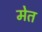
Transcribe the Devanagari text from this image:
मेत